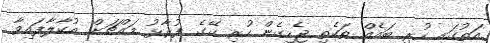
އަތުގައި ހުރި ބައެއް ތަކެތި ޖެހިގެން ހުރި ގޭގެ ފުރާޅު މައްޗަށް އުކާލާފައިވާ